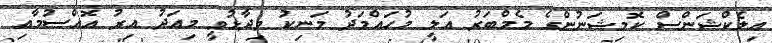
އިލެކްޝަންސް ކޮމިޝަނުންގެ މެމްބަރު އަލީ މުހައްމަދު މަނިކު ވިދާޅުވީ މިއަދު އިރު އޮއްސުމާއި